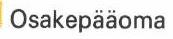
Osakepääoma